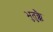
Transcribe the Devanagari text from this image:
भुतुक्कै